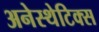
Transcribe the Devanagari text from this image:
अनेस्थेटिक्स